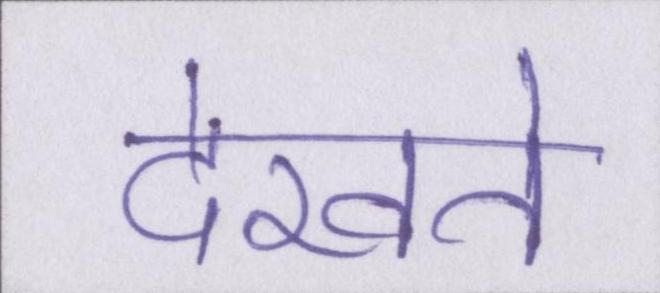
देखते